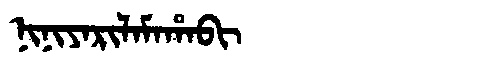
Manchu: ᠨᡳᠨᡳᠶᠠᡵᡳᠯᠠᠮᠠᡥᠠᠪᡳ
Romanization: NINIYARILAMAHABI